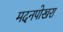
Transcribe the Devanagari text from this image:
मदनपोखरा